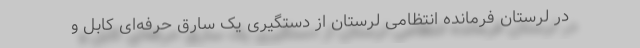
در لرستان فرمانده انتظامی لرستان از دستگیری یک سارق حرفه‌ای کابل و